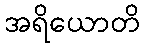
အရိယောတိ